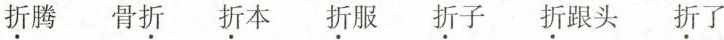
折腾 骨折 折本 折服 折子 折跟头 折了